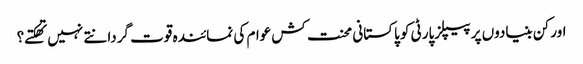
اور کن بنیادوں پر پیپلزپارٹی کو پاکستانی محنت کش عوام کی نمائندہ قوت گردانتے نہیں تهکتے؟